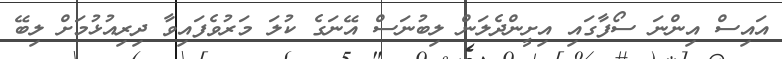
އައިސް އިންނަ ސޯފާގައި އިށީންދެލަން ލިބުނަސް އޭނަގެ ކުލަ މަރުވެފައިވާ ދިރިއުޅުމަށް ލިބޭ